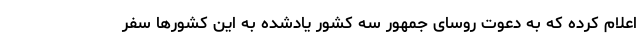
اعلام کرده که به دعوت روسای جمهور سه کشور یادشده به این کشورها سفر